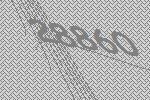
28860